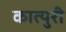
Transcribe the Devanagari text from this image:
कात्‍युरी